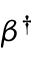
\beta ^ { \dagger }